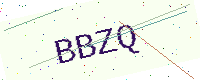
Text: BBZQ